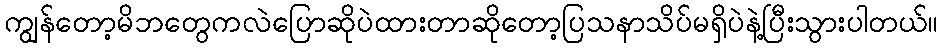
ကျွန်တော့မိဘတွေကလဲပြောဆိုပဲထားတာဆိုတော့ပြသနာသိပ်မရှိပဲနဲ့ပြီးသွားပါတယ်။